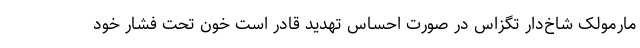
مارمولک شاخ‌دار تگزاس در صورت احساس تهدید قادر است خون تحت فشار خود